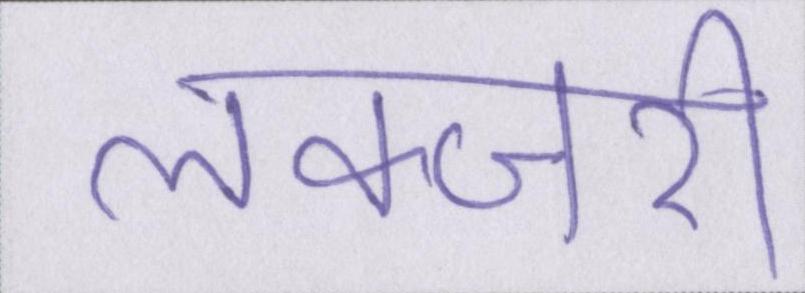
लक्जरी